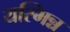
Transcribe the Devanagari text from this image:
यस्मिन्न